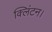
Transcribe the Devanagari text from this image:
क्लिंटन।